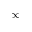
\infty